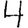
Digit: 4